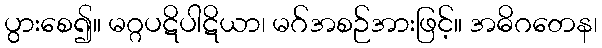
ပွားစေ၍။ မဂ္ဂပဋိပါဋိယာ၊ မဂ်အစဉ်အားဖြင့်။ အဓိဂတေန၊